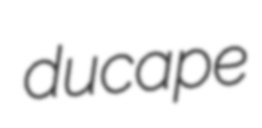
ducape